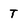
Character: T